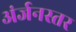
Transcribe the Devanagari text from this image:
अंर्जनस्तर